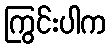
ကြွင်းပါက